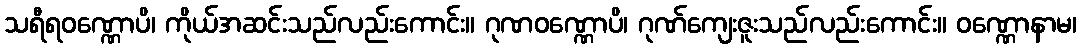
သရီရဝဏ္ဏောပိ၊ ကိုယ်အဆင်းသည်လည်းကောင်း။ ဂုဏဝဏ္ဏောပိ၊ ဂုဏ်ကျေးဇူးသည်လည်းကောင်း။ ဝဏ္ဏောနာမ၊